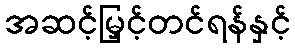
အဆင့်မြှင့်တင်ရန်နှင့်